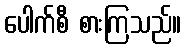
ပေါက်စီ စားကြသည်။